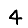
Digit: 4